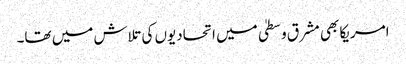
امریکا بھی مشرق وسطیٰ میں اتحادیوں کی تلاش میں تھا۔